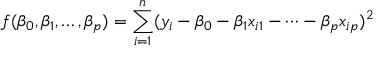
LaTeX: f ( \beta _ { 0 } , \beta _ { 1 } , \dots , \beta _ { p } ) = \sum _ { i = 1 } ^ { n } ( y _ { i } - \beta _ { 0 } - \beta _ { 1 } x _ { i 1 } - \dots - \beta _ { p } x _ { i p } ) ^ { 2 }